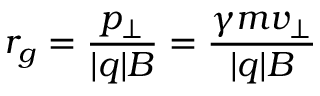
r _ { g } = { \frac { p _ { \perp } } { | q | B } } = { \frac { \gamma m v _ { \perp } } { | q | B } }